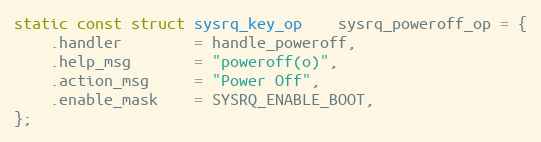
Language: C
static const struct sysrq_key_op	sysrq_poweroff_op = {
	.handler        = handle_poweroff,
	.help_msg       = "poweroff(o)",
	.action_msg     = "Power Off",
	.enable_mask	= SYSRQ_ENABLE_BOOT,
};